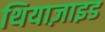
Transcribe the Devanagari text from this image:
थियाज़ाइड